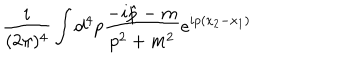
\frac { i } { ( 2 \pi ) ^ { 4 } } \int { \mathrm d } ^ { 4 } p \frac { - i \hat { p } - m } { p ^ { 2 } + m ^ { 2 } } e ^ { i p ( x _ { 2 } - x _ { 1 } ) }